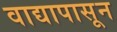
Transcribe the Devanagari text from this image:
वाद्यापासून